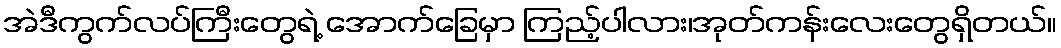
အဲဒီကွက်လပ်ကြီးတွေရဲ့ အောက်ခြေမှာ ကြည့်ပါလား၊အုတ်ကန်းလေးတွေရှိတယ်။